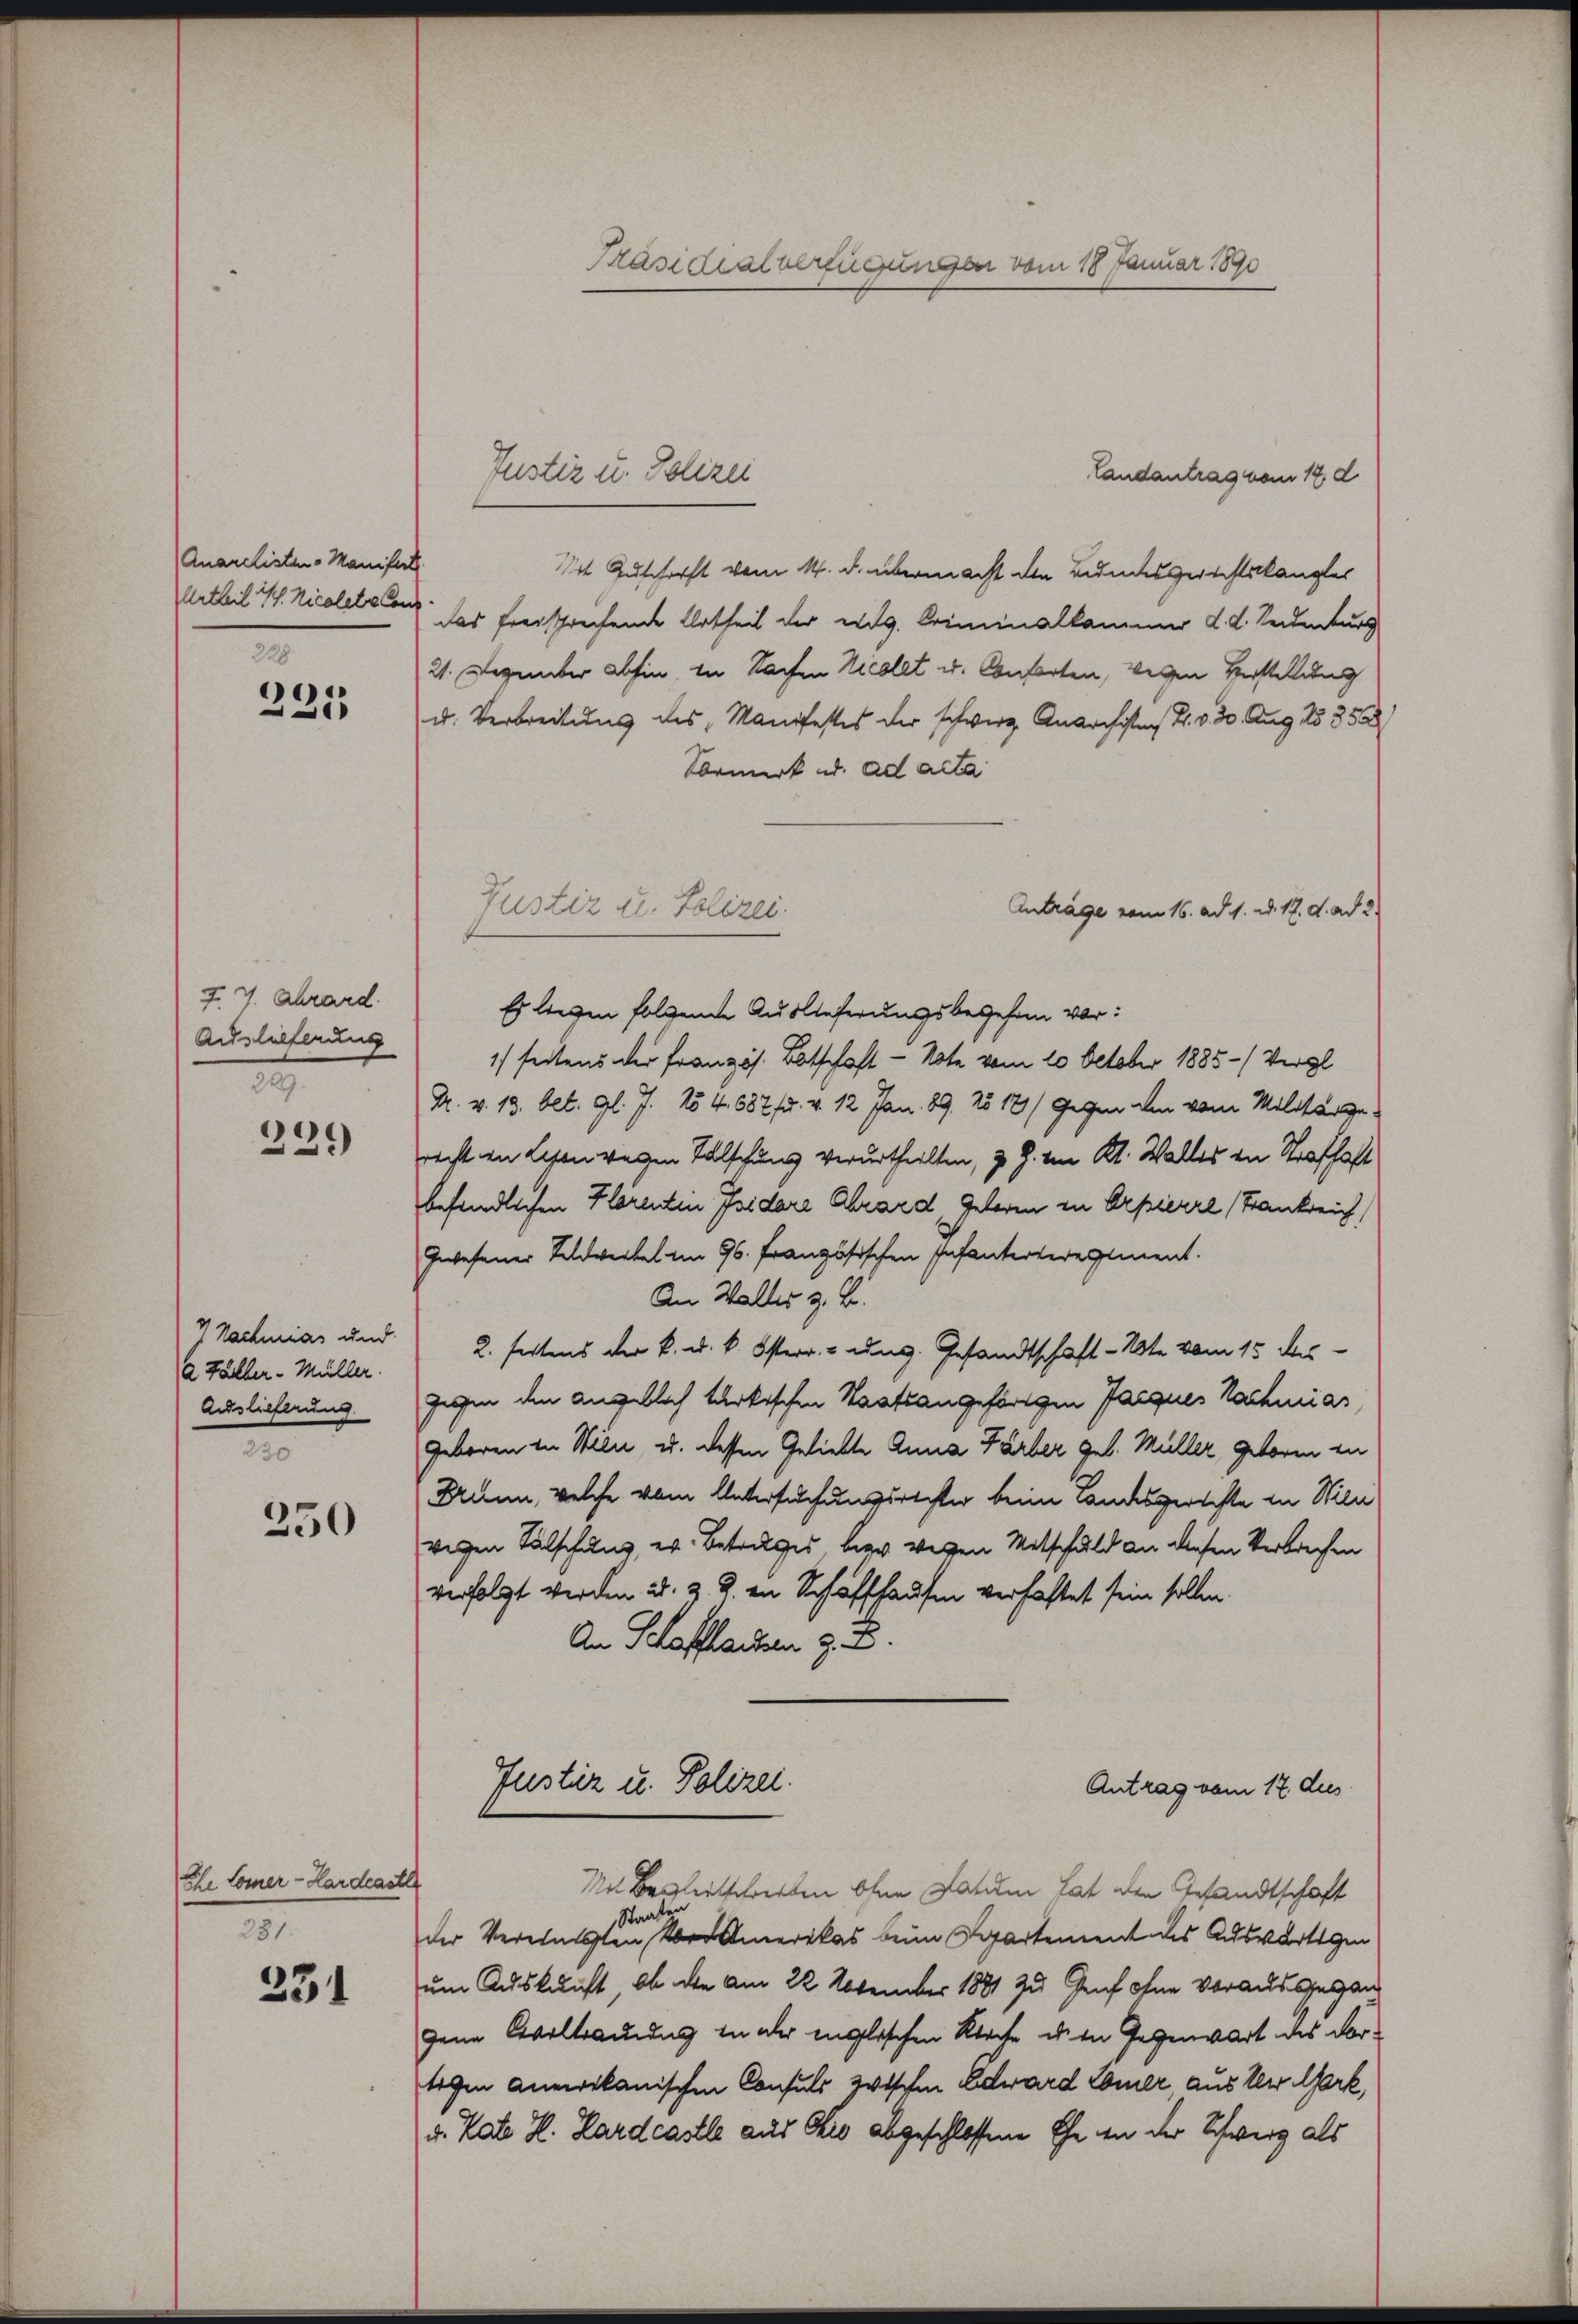
Anarchisten Manifest
228

221

7.7. Chrard
Auslalferung
2

239

7 Nachmias und
2 Fäller - Müller.
Auslieferung
230

250

dhe Comer-Hardrastet
281.

231

Landantrag vom 14. d
Mit Zuschärft vom 14. d. übermacht den Bundesgerichtskanzler
Urtheil u. Nicolelstand das freisprechende Urtheil der eidg. Criminalkammer d. d. Seidenturs
21. Dezember abhin, in Sachen Nicolet u. Conferten, wegen Verstellung
u. Verbreitung des Manifestes der schwerz. Anarchisten H. v. 30. Aug. 125 352
Vormerk u. ad acta
Anträge vom 16. ad 1. d. 17. d. ad 2.
Es liegen folgende Auslieferungsbegehen vor:
1) seitens der Französ. Botschaft - Note vom 20. October 1885 (Vergl
R. v. 13. bet. Gl. J. 154. 687 f. v. 12 Jan. 89. 25 171) Gegen den vom Militärgericht in Lesen wegen Talschung verurtheilten, z. Z. von Kt. Waller in Strafhaft
befindlichen Floretin Isidore Chrard, Gelegen in Orpierre Frankreich
Gewesener Feldweibel im 96. Französischen Infanterteregiment.
An Waller z. B.
2. festens der k. u. k. Österr. ung. Gesandtschaft - Note vom 15 des
gegen den angeblich türkischen Staatsangehörigen Jacques Nachmiar
geboren in Wien, u. dessen Geliebte Anna Färber geb. Müller geboren in
Dann, welche vom Untersuchungsrechter beim Landesgerichte in Wilawegen Fälschung, er Betrages, hier wegen Mitschuld an diesen Verbrechen
verfolgt werden u. z. B. in Schaffhausen verfastet sein sollen.
An Stofflachen z. B.
Justiz u. Polizei.
Antrag vom 17 dies
Mit Begleitschreiben ohne Datum hat den Gesandtschaft
Staat
der Vereinisten Amerikas beim Separtement des Auswärtigen
um Auskunft, ob die am 22. November 1881 zu Genf ohne Vorausgegan
gene Civiltraurig in der englischen Kirche den Gegenwart des Vortigen anerikanischen Consuls zwischen Edward Comer aus der Gark,
v. Rate H. Hardcastle aus Eis abgeschlossene Ehe an der Schweiz als

Justiz u. Polizei

Präsidialverfügungen vom 18 Januar 1890

Justiz u. Polizei.